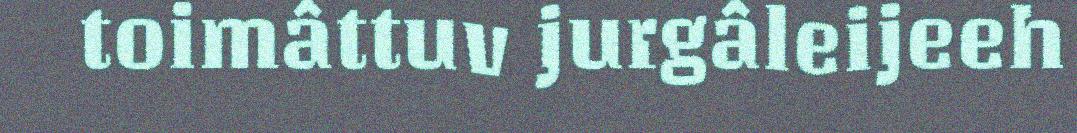
toimâttuv jurgâleijeeh